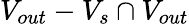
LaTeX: V_{out}-V_{s}\cap V_{out}